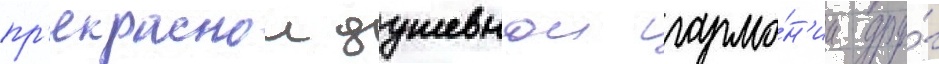
пр'екраснои душевнои гармо́н'ии дру́г